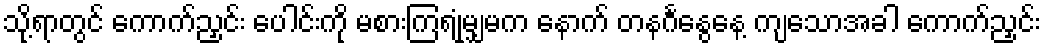
သို့ရာတွင် ကောက်ညှင်း ပေါင်းကို မစားကြရုံမျှမက နောက် တနင်္ဂနွေနေ့ ကျသောအခါ ကောက်ညှင်း